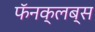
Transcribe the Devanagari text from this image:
फॅनक्लब्स